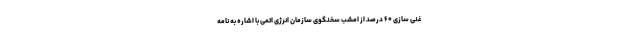
غنی سازی ۶۰ درصد از امشب سخنگوی سازمان انرژی اتمی با اشاره به نامه